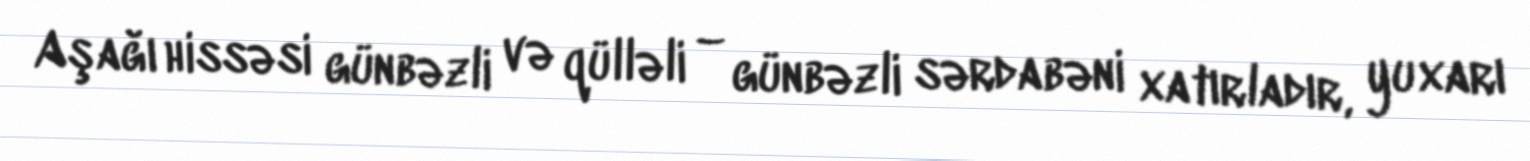
Aşağı hissəsi günbəzli və qülləli – günbəzli sərdabəni xatırladır, yuxarı